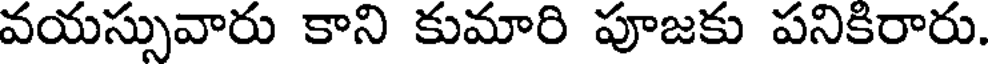
వయస్సువారు కాని కుమారి పూజకు పనికిరారు.